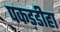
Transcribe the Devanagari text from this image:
पकड़डीहा